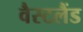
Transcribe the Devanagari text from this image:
वैस्टलैंड